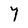
Character: Y